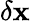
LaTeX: \delta\mathbf{x}